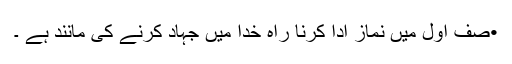
•صف اول میں نماز ادا کرنا راہ خدا میں جہاد کرنے کی مانند ہے ۔